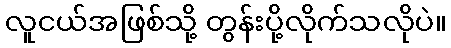
လူငယ်အဖြစ်သို့ တွန်းပို့လိုက်သလိုပဲ။